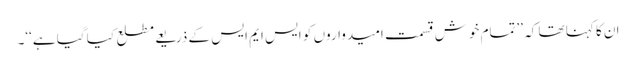
ان کا کہنا تھا کہ ’’تمام خوش قسمت امیدواروں کو ایس ایم ایس کے ذریعے مطلع کیا گیا ہے‘‘۔